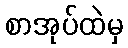
စာအုပ်ထဲမှ